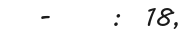
-     :  18